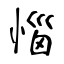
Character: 惱